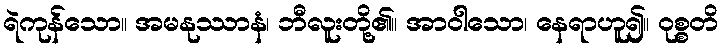
ရဲကုန်သော။ အမနုဿာနံ၊ ဘီလူးတို့၏။ အာဝါသော၊ နေရာဟူ၍။ ဝုစ္စတိ